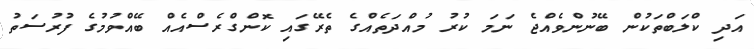
އަދި ކްލަބްތަކުން ބޭނުންވެއްޖެ ނަމަ ކުރު މުއްދަތެއްގެ ތެރޭގައި ކޮންގްރެސްއެއް ބޭއްވުމުގެ ފުރުސަތު